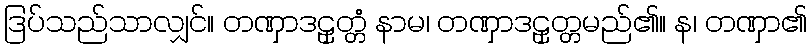
ဒြပ်သည်သာလျှင်။ တဏှာဒဠှတ္တံ နာမ၊ တဏှာဒဠှတ္တမည်၏။ န၊ တဏှာ၏